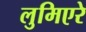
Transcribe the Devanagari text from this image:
लुमिएरे